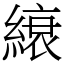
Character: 縗